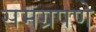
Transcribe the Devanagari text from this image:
समग्रपणे